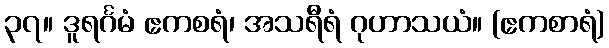
၃၇။ ဒူရင်္ဂမံ ဧကစရံ၊ အသရီရံ ဂုဟာသယံ။ (ဧကစာရံ)